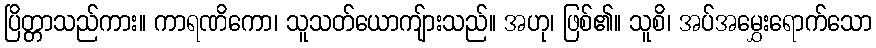
ပြိတ္တာသည်ကား။ ကာရဏိကော၊ သူသတ်ယောကျ်ားသည်။ အဟု၊ ဖြစ်၏။ သူစိ၊ အပ်အမွှေးရောက်သော